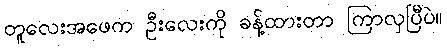
တူလေးအဖေက ဦးလေးကို ခန့်ထားတာ ကြာလှပြီပဲ။